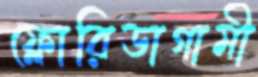
ফ্লোরিডাগামী